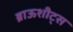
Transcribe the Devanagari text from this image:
ब्राऊशीट्स